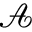
\mathcal { A }